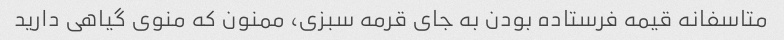
متاسفانه قیمه فرستاده بودن به جای قرمه سبزی، ممنون که منوی گیاهی دارید